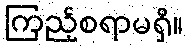
ကြည့်စရာမရှိ။